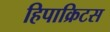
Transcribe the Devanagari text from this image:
हिपाक्रिटस